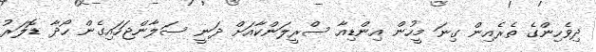
ދިވެހިންގެ ތެރެއިން ގިނަ މީހުން އިންޑިއާ ސްރީލަންކާއަށް ދަނީ ސަލާންޖަހައިގެން ހޯދާ ޑޮލަރު